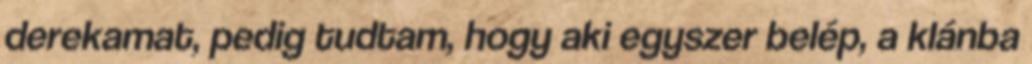
derekamat, pedig tudtam, hogy aki egyszer belép, a klánba